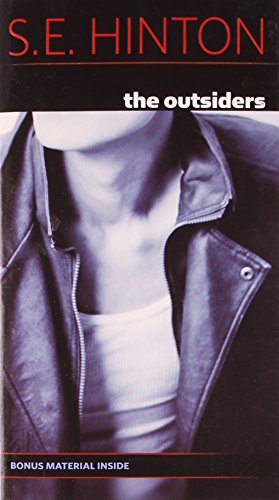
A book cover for The Outsiders; S. E. Hinton; Comics & Graphic Novels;